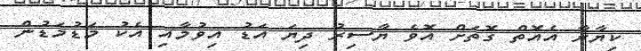
ކިޔާރާ އެއޮތް ގޮތަށް އޮވެ ޔާސިރު ދިޔަ އަޑު އިވުމާއި އެކު މަޑުމަޑުން